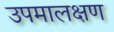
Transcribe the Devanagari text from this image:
उपमालक्षण